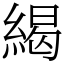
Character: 䋵